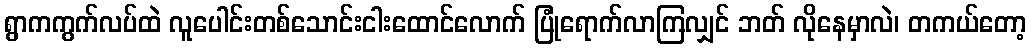
ရွာကကွက်လပ်ထဲ လူပေါင်းတစ်သောင်းငါးထောင်လောက် ပြုံရောက်လာကြလျှင် ဘတ် လိုနေမှာလဲ၊ တကယ်တော့